画像に写った文字を読んでください
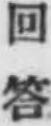
「回答」と書いてあります